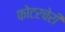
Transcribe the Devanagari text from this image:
कोटरचेरी